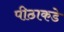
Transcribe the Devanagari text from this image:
पीठाकडे